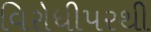
વિરોધીપરથી